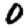
Digit: 0